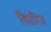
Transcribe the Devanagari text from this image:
किटींग्ज